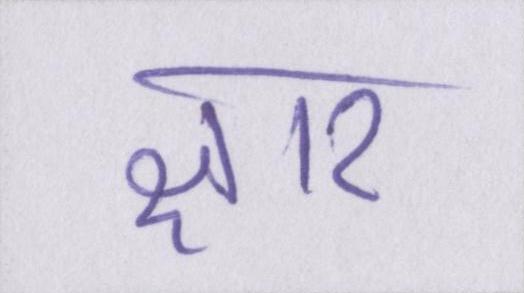
क्षार